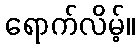
ရောက်လိမ့်။